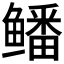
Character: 𱈕